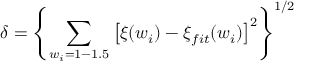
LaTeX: \delta = \left\{ \sum _ { w _ { i } = 1 - 1 . 5 } \left[ \xi ( w _ { i } ) - \xi _ { f i t } ( w _ { i } ) \right] ^ { 2 } \right\} ^ { 1 / 2 }